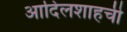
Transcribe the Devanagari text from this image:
आदिलशाहची